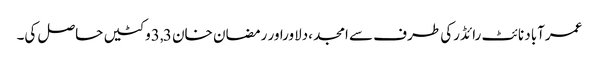
عمرآباد نائٹ رائڈرکی طرف سے امجد ،دلاوراور رمضان خان 3,3وکٹیں حاصل کی۔